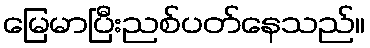
မြေမာပြီးညစ်ပတ်နေသည်။